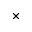
\times